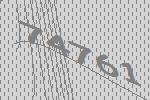
74761